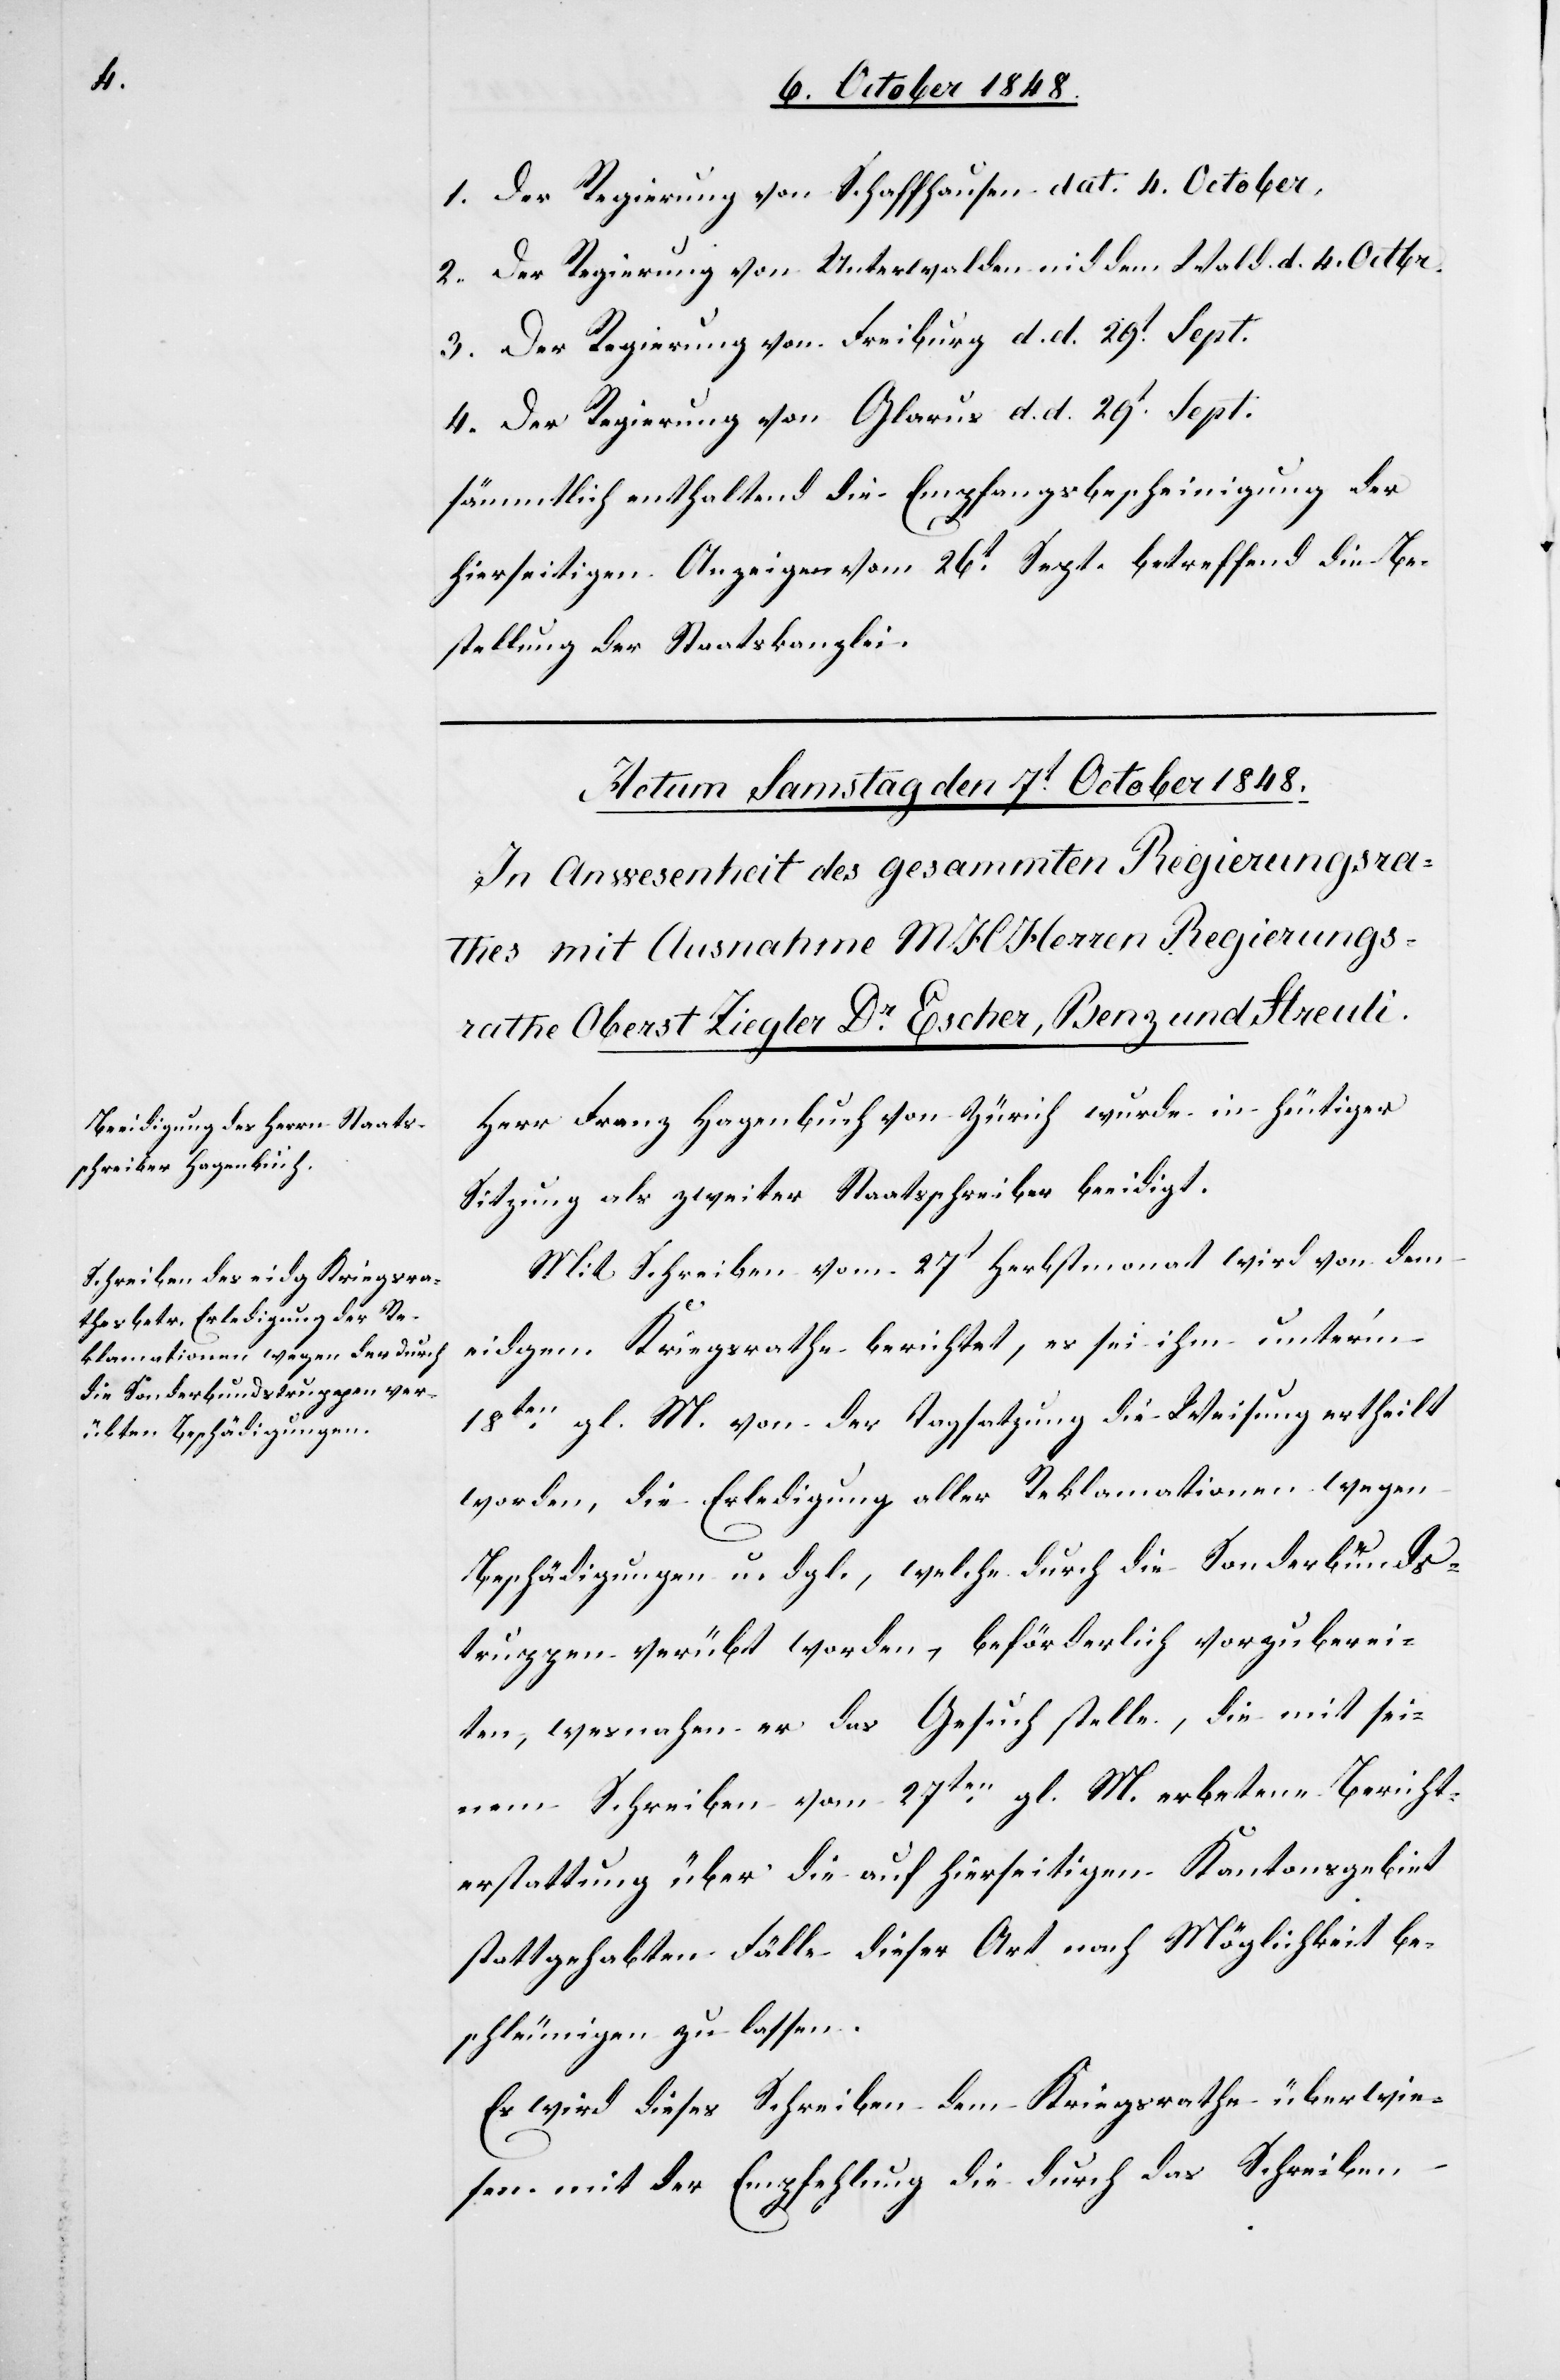
1. Der Regierung von Schaffhausen dat. 4. October.
2. Der Regierung von Unterwalden nid dem Wald d. d. 4. Octbr.
3. Der Regierung von Freiburg d. d. 29t. Sept.
4. Der Regierung von Glarus d. d. 29t. Sept.
sämmtlich enthaltend die Empfangsbescheinigung der
hierseitigen Anzeige vom 26t Sept. betreffend die Be¬
stellung der Staatskanzlei.
Herr Franz Hagenbuch von Zürich wurde in heutiger
Sitzung als zweiter Staatsschreiber beeidigt.
Mit Schreiben vom 27t Herbstmonat wird von dem
eidgen. Kriegsrathe berichtet, es sei ihm unter’m
18ten gl. Mts. von der Tagsatzung die Weisung ertheilt
worden, die Erledigung aller Reklamationen wegen
Beschädigungen u. dgl., welche durch die Sonderbunds¬
truppen verübt worden, beförderlich vorzuberei¬
ten, wesnahen es das Gesuch stelle, die mit sei¬
nem Schreiben vom 27ten gl. M. erbetene Bericht¬
erstattung über die auf hierseitigen Kantonsgebiet
stattgehabten Fälle dieser Art nach Möglichkeit be¬
schleunigen zu lassen.
Es wird dieses Schreiben dem Kriegsrathe überwie¬
sen mit der Empfehlung die durch das Schreiben